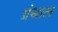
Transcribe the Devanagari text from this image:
ग्रंथाल